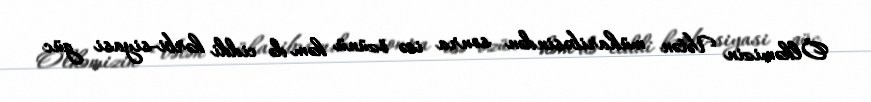
Ölkəmizin Vətən müharibəsindən sonra isə özünü həm də ciddi hərbi-siyasi güc